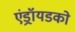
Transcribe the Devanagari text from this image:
एंड्रॉयडको